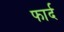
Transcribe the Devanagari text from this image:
फार्द